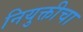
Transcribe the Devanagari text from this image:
नियुक्तीचा